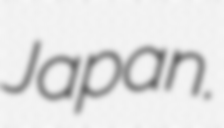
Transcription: Japan.